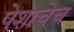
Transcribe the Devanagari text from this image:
पेशाचेच